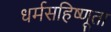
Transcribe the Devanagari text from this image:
धर्मसहिष्णूता